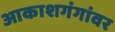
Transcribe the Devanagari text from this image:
आकाशगंगांवर